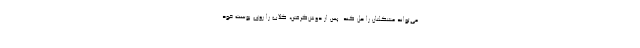
می‌تواند مشکلتان را حل کند. پس از دوش‌گرفتن، گلاب را روی پوست خود